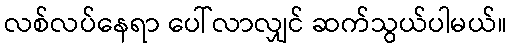
လစ်လပ်နေရာ ပေါ်လာလျှင် ဆက်သွယ်ပါမယ်။